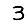
Digit: 3